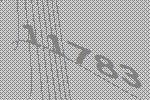
11783